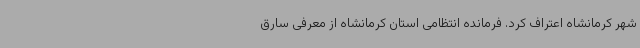
شهر کرمانشاه اعتراف کرد. فرمانده انتظامی استان کرمانشاه از معرفی سارق